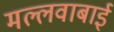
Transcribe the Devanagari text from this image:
मल्लवाबाई